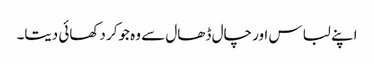
اپنے لباس اور چال ڈھال سے وہ جوکر دکھائی دیتا۔